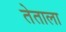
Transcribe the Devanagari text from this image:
तेताला